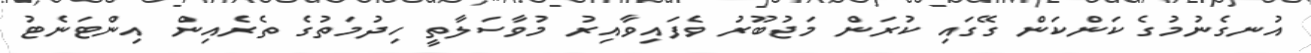
އުނގެނުމުގެ ކަންކަން ގޭގައި ކުރަން މަޖުބޫރު ވެފައިވާއިރު މުވާސަލާތީ ހިދުމަތުގެ ތެރެއިން އިންޓަނެޓު